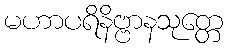
မဟာပရိနိဗ္ဗာနသုတ္တေ